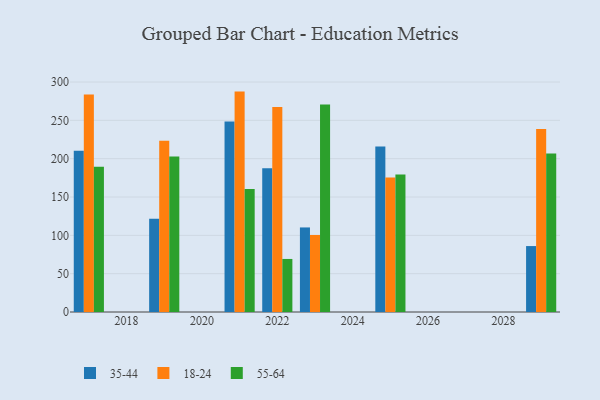
{"axis": {"x": "Year", "y": "Churn Rate (%)"}, "legend": ["18-24", "35-44", "55-64"], "data": [{"x": "2023", "y": 110.3, "type": "35-44"}, {"x": "2023", "y": 100.5, "type": "18-24"}, {"x": "2023", "y": 270.6, "type": "55-64"}, {"x": "2019", "y": 121.5, "type": "35-44"}, {"x": "2019", "y": 223.4, "type": "18-24"}, {"x": "2019", "y": 202.8, "type": "55-64"}, {"x": "2022", "y": 187.6, "type": "35-44"}, {"x": "2022", "y": 267.4, "type": "18-24"}, {"x": "2022", "y": 69.2, "type": "55-64"}, {"x": "2017", "y": 210.3, "type": "35-44"}, {"x": "2017", "y": 283.6, "type": "18-24"}, {"x": "2017", "y": 189.4, "type": "55-64"}, {"x": "2025", "y": 215.8, "type": "35-44"}, {"x": "2025", "y": 175.3, "type": "18-24"}, {"x": "2025", "y": 179.2, "type": "55-64"}, {"x": "2029", "y": 86.0, "type": "35-44"}, {"x": "2029", "y": 238.6, "type": "18-24"}, {"x": "2029", "y": 206.6, "type": "55-64"}, {"x": "2021", "y": 248.4, "type": "35-44"}, {"x": "2021", "y": 287.5, "type": "18-24"}, {"x": "2021", "y": 160.5, "type": "55-64"}]}